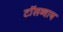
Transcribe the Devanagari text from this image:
टाॅलब्वाय